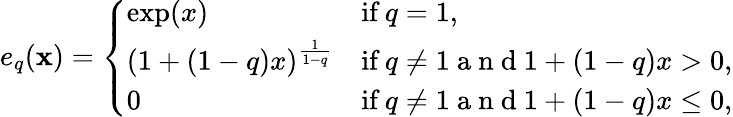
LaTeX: e_{q}(\mathbf{x})=\left\{ \begin{array}{ll}{\exp(x)}&{\textrm{if}\ q=1,}\\ {(1+(1-q)x)^{\frac{1}{1-q}}}&{\textrm{if}\ q\neq 1\mathrm{~a~n~d~}1+(1-q)x>0,}\\ {0}&{\textrm{if}\ q\neq 1\mathrm{~a~n~d~}1+(1-q)x\leq 0,}\end{array}\right.